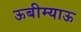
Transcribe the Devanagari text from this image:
ऊबीम्याऊ